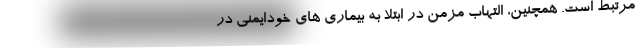
مرتبط است. همچنین، التهاب مزمن در ابتلا به بیماری های خودایمنی در